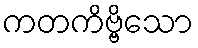
ကတကိဗ္ဗိသော